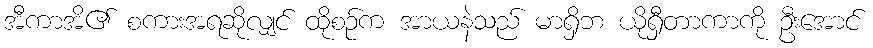
အီကာအိ၏ စကားအရဆိုလျှင် ထိုစဉ်က အာယနဲသည် မာရှိဘ ယိုရှီတာကာကို ဦးအောင်